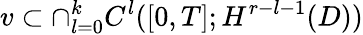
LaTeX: v\subset\cap_{l=0}^{k}C^{l}([0,T];H^{r-l-1}(D))